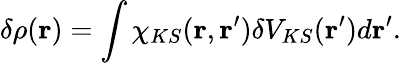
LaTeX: \delta\rho(\mathbf{r})=\int\chi_{KS}(\mathbf{r},\mathbf{r}^{\prime})\delta V_{KS}(\mathbf{r}^{\prime})d\mathbf{r}^{\prime}.